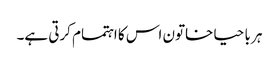
ہر با حیا خاتون اس کا اہتمام کرتی ہے۔